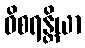
ဝိစရန္တိယာ